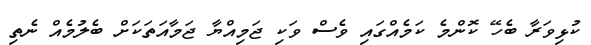
ކުޅިވަރާ ބެހޭ ކޮންމެ ކަމެއްގައި ވެސް ވަކި ޖަމިއްޔާ ޖަމާއަތަކަށް ބެލުމެއް ނެތި